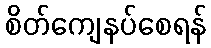
စိတ်ကျေနပ်စေရန်